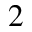
^ 2